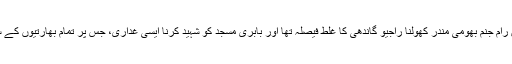
انہوں نے کہا ہے کہ ایودھیا میں رام جنم بھومی مندر کھولنا راجیو گاندھی کا غلط فیصلہ تھا اور بابری مسجد کو شہید کرنا ایسی غداری، جس پر تمام بھارتیوں کے سرشرم سے جھک جانے چاہئیں۔